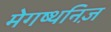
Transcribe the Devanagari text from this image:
मेगष्थनिज़